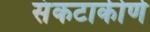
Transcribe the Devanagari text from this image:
संकटाकीर्ण